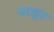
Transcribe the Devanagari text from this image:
वरतून